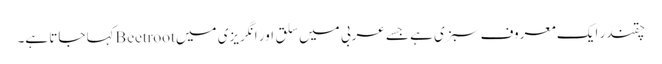
چقندر ایک معروف سبزی ہے جسے عربی میں سلق اور انگریزی میں Beetrootکہا جاتا ہے۔